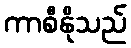
ကာစီနိုသည်